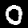
Digit: 0